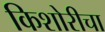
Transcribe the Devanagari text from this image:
किशोरीचा